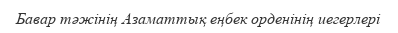
Бавар тәжінің Азаматтық еңбек орденінің иегерлері